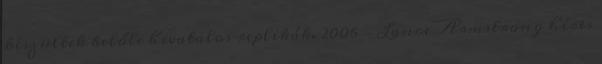
készültek belőle hivatalos replikák. 2006 – Lance Armstrong híres